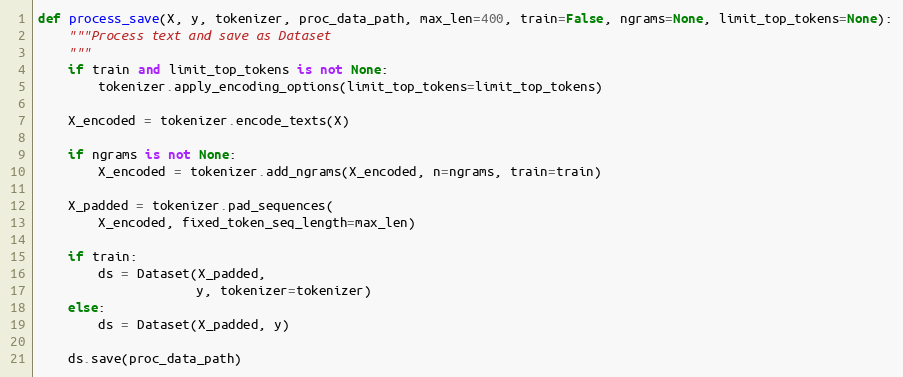
Language: Python
def process_save(X, y, tokenizer, proc_data_path, max_len=400, train=False, ngrams=None, limit_top_tokens=None):
    """Process text and save as Dataset
    """
    if train and limit_top_tokens is not None:
        tokenizer.apply_encoding_options(limit_top_tokens=limit_top_tokens)

    X_encoded = tokenizer.encode_texts(X)

    if ngrams is not None:
        X_encoded = tokenizer.add_ngrams(X_encoded, n=ngrams, train=train)

    X_padded = tokenizer.pad_sequences(
        X_encoded, fixed_token_seq_length=max_len)

    if train:
        ds = Dataset(X_padded,
                     y, tokenizer=tokenizer)
    else:
        ds = Dataset(X_padded, y)

    ds.save(proc_data_path)